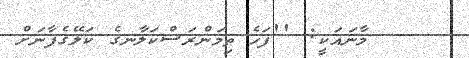
މާނައަކީ: ''ފަހެ ތިމަންރަސްކަލާނގެ ކަލޭގެފާނަށް